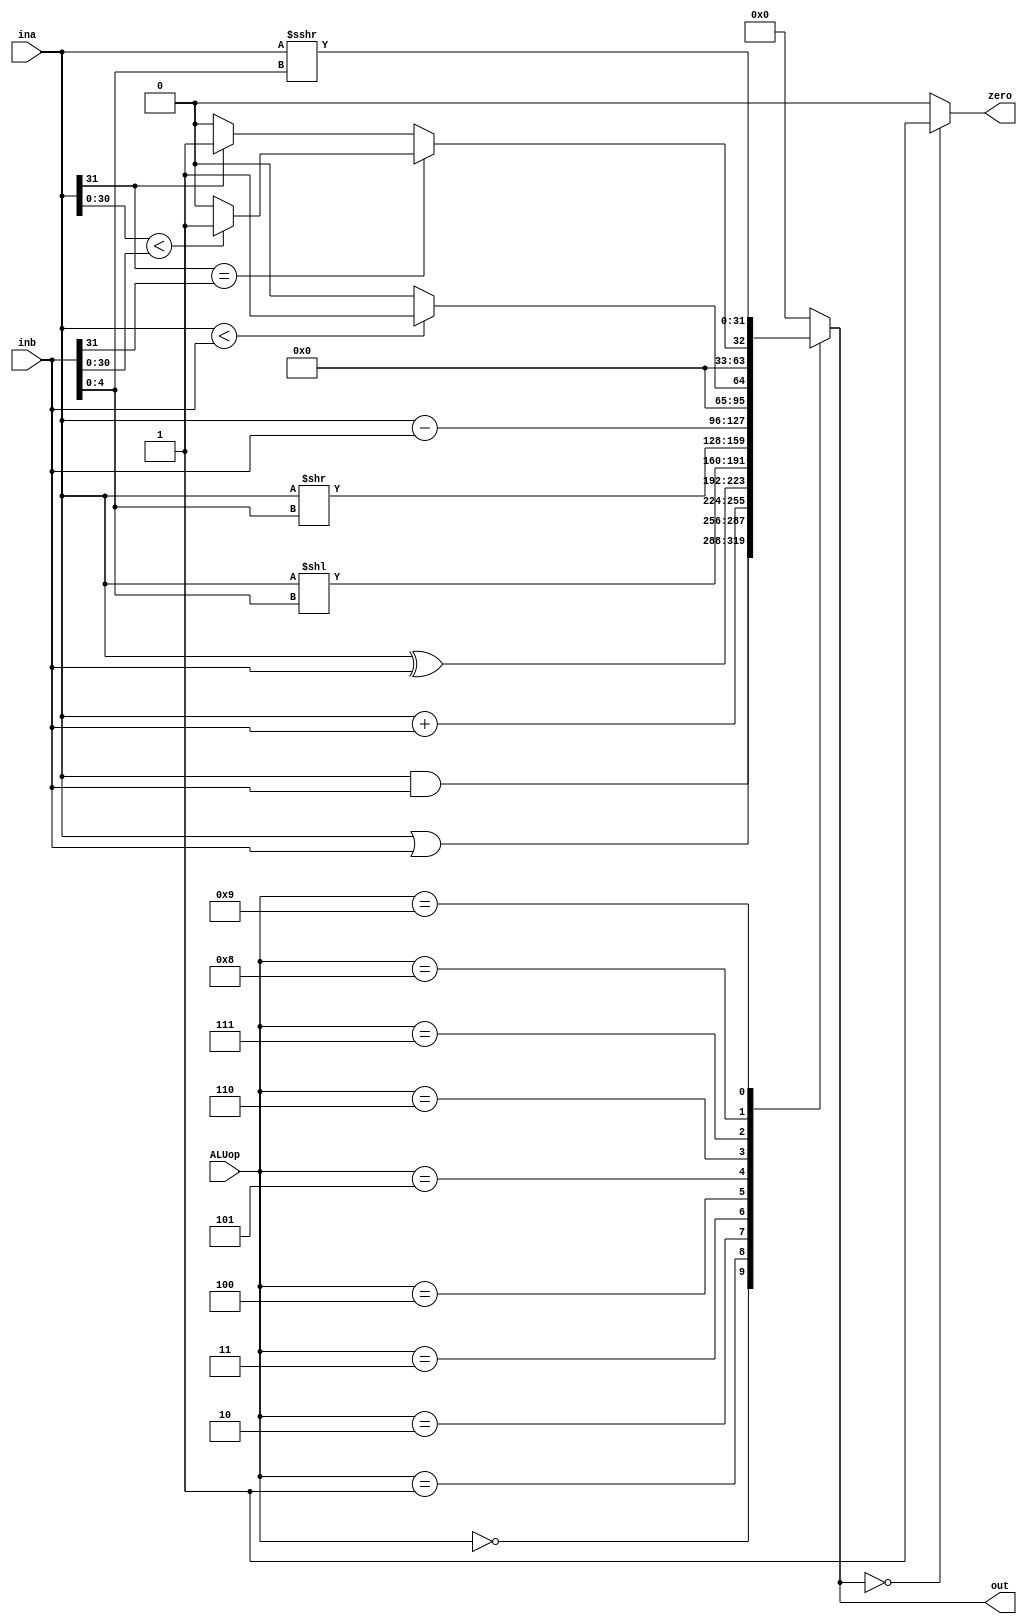
`timescale 1ns / 1ps
//////////////////////////////////////////////////////////////////////////////////
// Company: 
// Engineer: 
// 
// Design Name: 
// Module Name: ALU
// Project Name: 
// Target Devices: 
// Tool Versions: 
// Description: 
// 
// Dependencies: 
// 
// Revision:
// Revision 0.01 - File Created
// Additional Comments:
// 
//////////////////////////////////////////////////////////////////////////////////


module ALU(input [3:0] ALUop,
           input [31:0] ina,inb,
           output zero,
           output reg [31:0] out);
    always@(*) begin
        case(ALUop)
            4'b0000 : out <= ina & inb; //and
            4'b0001 : out <= ina | inb; //or
            4'b0010 : out <= ina + inb; //add, ld, sd
            4'b0011 : out <= ina ^ inb; //xor
            4'b0100 : out <= ina << inb[4:0]; //sll
            4'b0101 : out <= ina >> inb[4:0]; //srl
            4'b0110 : out <= ina - inb; //sub, bne, beq
            4'b0111 : out <= (ina < inb) ? 32'b1 : 32'b0; //sltu, bgeu, bltu
            4'b1000 : begin
                        if(ina[31] == inb[31]) begin
                            out <= (ina[30:0] < inb[30:0]) ? 32'b1 : 32'b0;
                        end
                        else begin
                            out <= (ina[31] == 1'b0) ? 32'b0 : 32'b1;
                        end  
                      end
            4'b1001 : out <= ina >>> inb[4:0];
            default: out <= 32'b0;
        endcase
    end
    
    assign zero = (out == 32'b0) ? 1 : 0;
endmodule